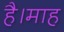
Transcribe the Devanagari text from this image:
है।माह